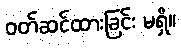
ဝတ်ဆင်ထားခြင်း မရှိ။